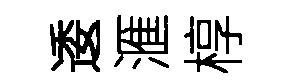
逶滙椁